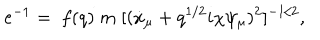
e ^ { - 1 } = \; f ( q ) \; m \; [ ( \dot { x } _ { \mu } + q ^ { 1 / 2 } i \chi \psi _ { \mu } ) ^ { 2 } ] ^ { - 1 / 2 } ,